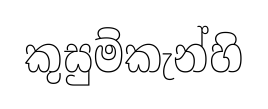
කුසුම්කැන්හි